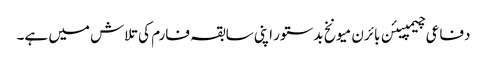
دفاعی چیمپیئن بائرن میونخ بدستور اپنی سابقہ فارم کی تلاش میں ہے۔